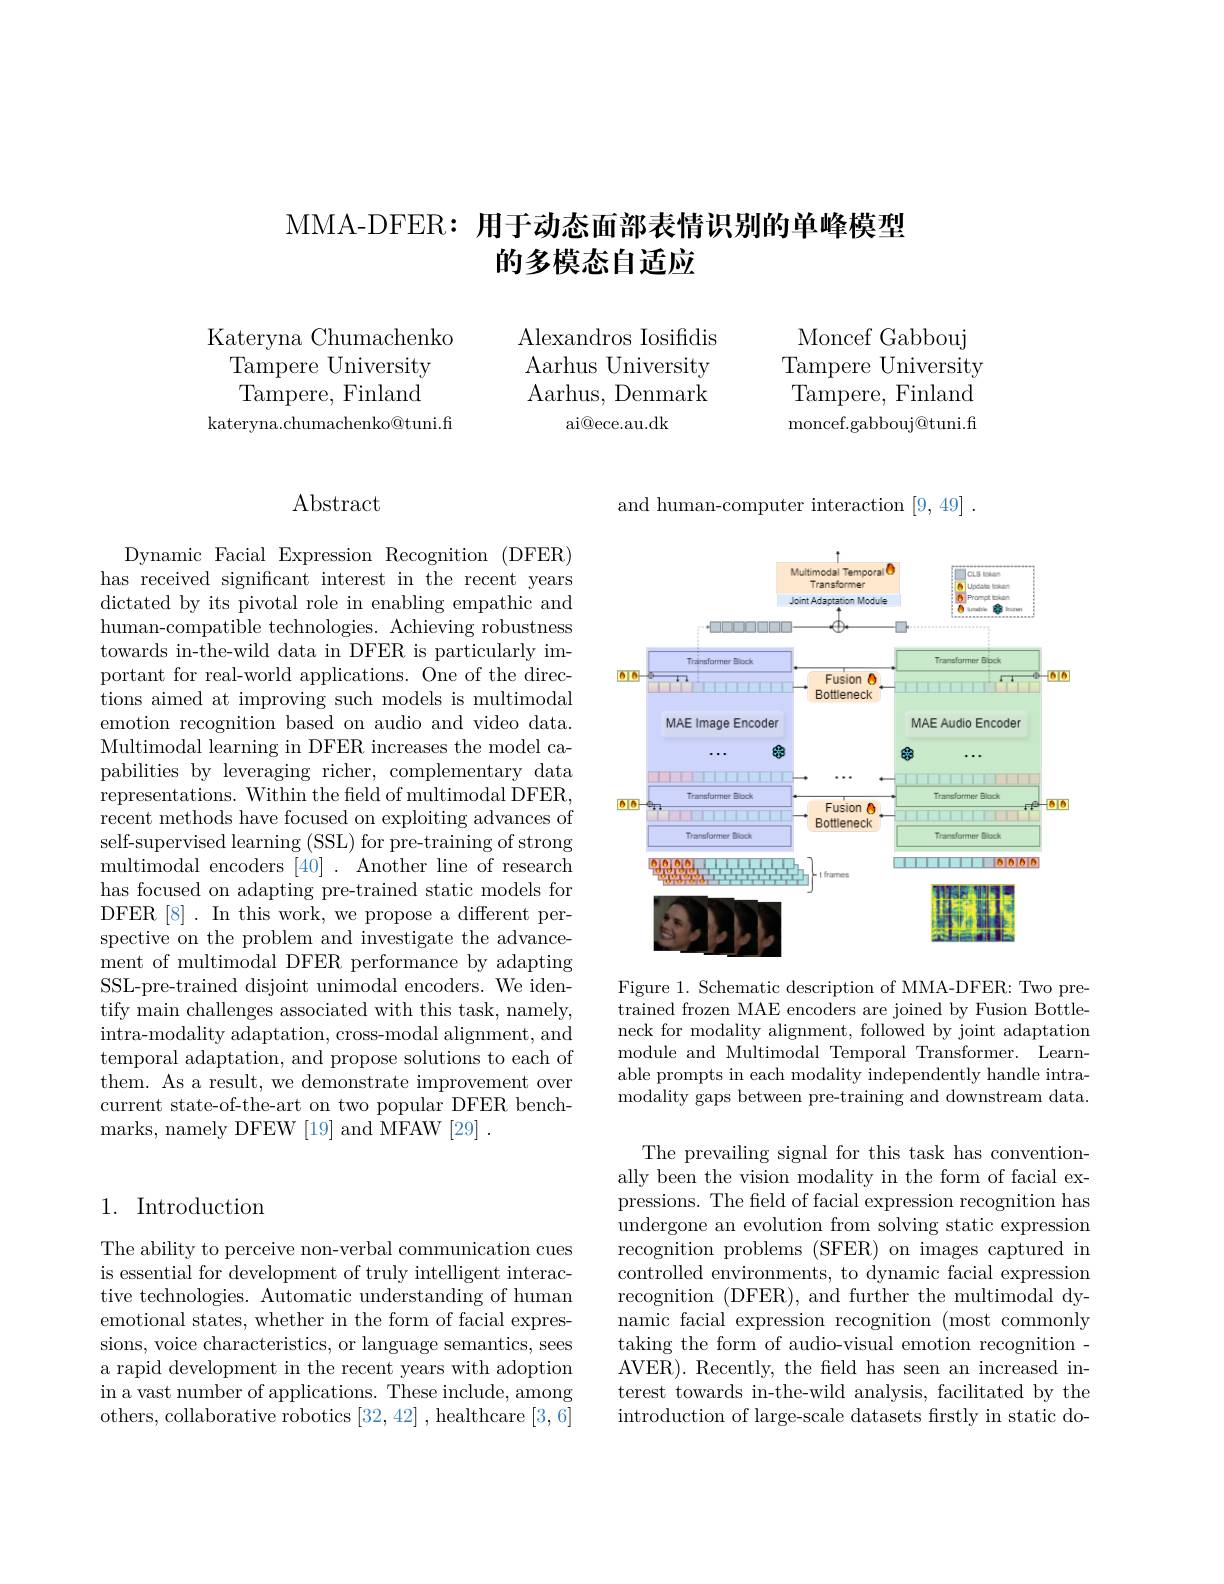
# MMA-DFER: 用于动态面部表情识别的单峰模型的多模态自适应

Kateryna Chumachenko
Tampere University Tampere, Finland
kateryna.chumachenko@tuni.fi

Alexandros Iosifidis Aarhus University Aarhus, Denmark
ai@ece.au.dk

Moncef Gabbouj Tampere University Tampere, Finland moncef.gabbouj@tuni.fi

## 1. Introduction

The ability to perceive non-verbal communication cues is essential for development of truly intelligent interactive technologies. Automatic understanding of human emotional states, whether in the form of facial expressions, voice characteristics, or language semantics, sees a rapid development in the recent years with adoption in a vast number of applications. These include, among others, collaborative robotics [32,42], healthcare [3,6]

# Abstract

Dynamic Facial Expression Recognition (DFER) has received significant interest in the recent years dictated by its pivotal role in enabling empathic and human-compatible technologies. Achieving robustness towards in-the-wild data in DFER is particularly important for real-world applications. One of the directions aimed at improving such models is multimodal emotion recognition based on audio and video data. Multimodal learning in DFER increases the model capabilities by leveraging richer, complementary data representations. Within the field of multimodal DFER, recent methods have focused on exploiting advances of self-supervised learning (SSL) for pre-training of strong multimodal encoders [40]. Another line of research has focused on adapting pre-trained static models for DFER[8]. In this work, we propose a different perspective on the problem and investigate the advancement of multimodal DFER performance by adapting SSL-pre-trained disjoint unimodal encoders. We identify main challenges associated with this task, namely, intra- modality adaptation, cross- modal alignment, and temporal adaptation, and propose solutions to each of them. As a result, we demonstrate improvement over current state-of-the-art on two popular DFER benchmarks, namely DFEW [ 19] and MFAW [ 29] .

and human-computer interaction [9,49]

<FigureHere>
Figure 1. Schematic description of MMA-DFER: Two pre-

trained frozen MAE encoders are joined by Fusion Bottleneck for modality alignment, followed by joint adaptation module and Multimodal Temporal Transformer. Learnable prompts in each modality independently handle intramodality gaps between pre-training and downstream data.

The prevailing signal for this task has conventionally been the vision modality in the form of facial expressions. The feld of facial expression recognition has undergone an evolution from solving static expression recognition problems (SFER) on images captured in controlled environments, to dynamic facial expression recognition (DFER), and further the multimodal dynamic facial expression recognition (most commonly taking the form of audio-visual emotion recognition - AVER). Recently, the field has seen an increased interest towards in-the-wild analysis, facilitated by the introduction of large-scale datasets frstly in static do-